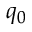
q _ { 0 }